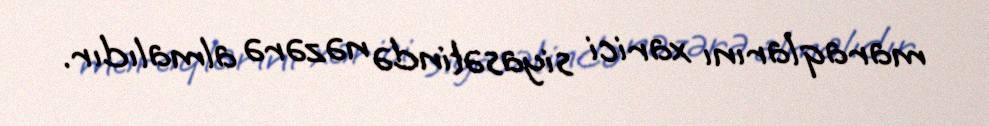
maraqlarını xarici siyasətində nəzərə almalıdır.